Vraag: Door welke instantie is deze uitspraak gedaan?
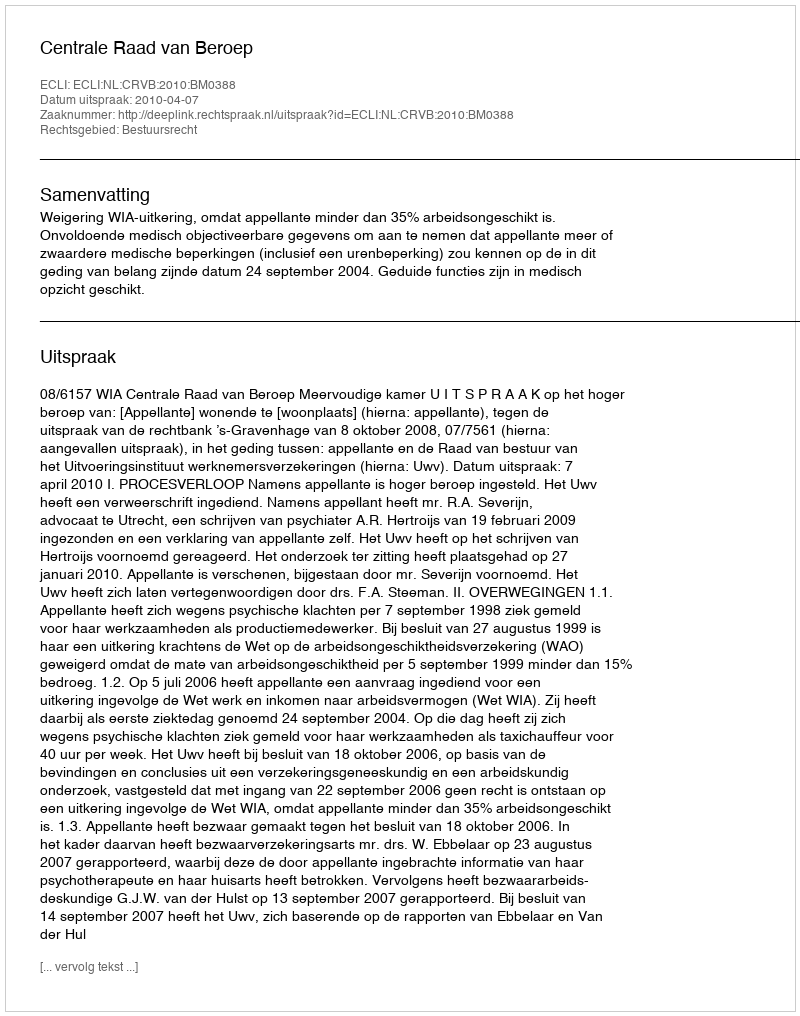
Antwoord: Centrale Raad van Beroep